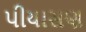
પીયાસણ